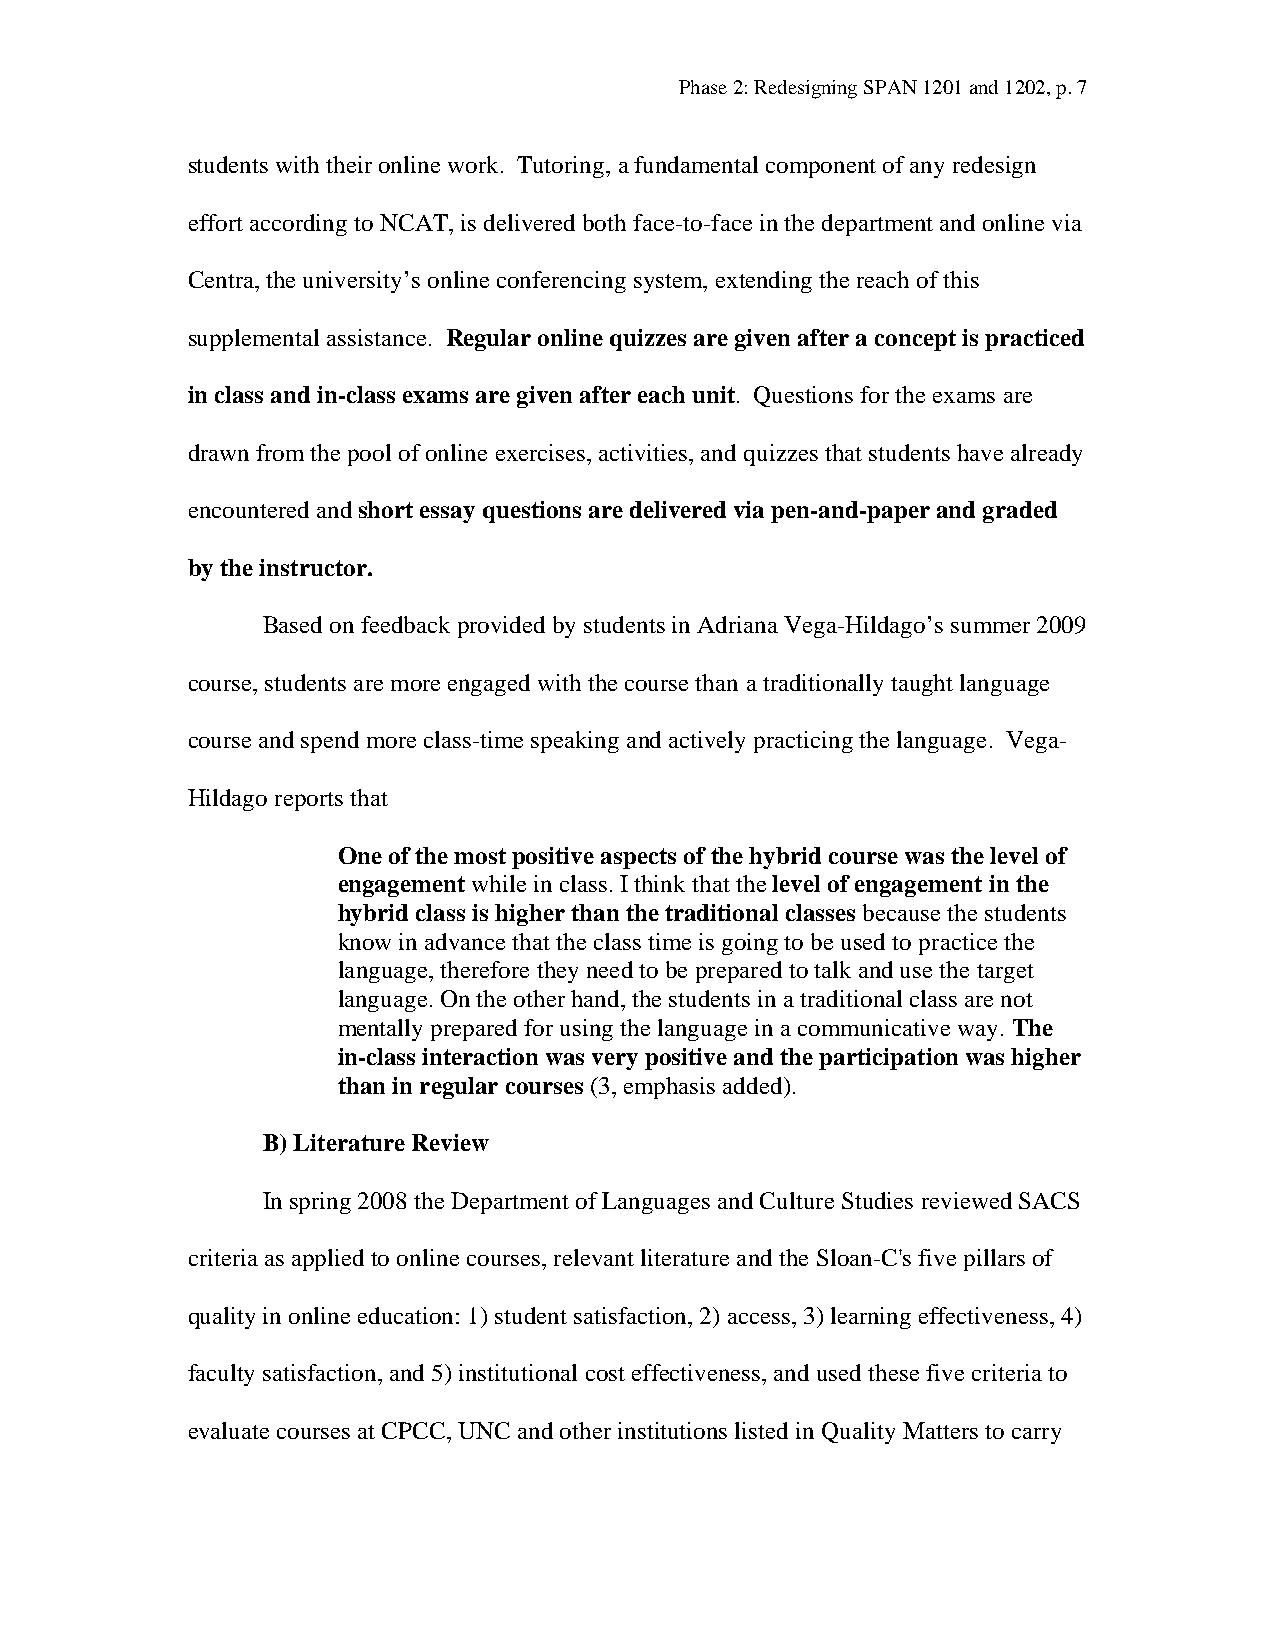
Phase 2: Redesigning SPAN 1201 and 1202, p. 7
 students with their online work. Tutoring, a fundamental component of any redesign
 effort according to NCAT, is delivered both face-to-face in the department and online via
 Centra, the university’s online conferencing system, extending the reach of this
 supplemental assistance. Regular online quizzes are given after a concept is practiced
 in class and in-class exams are given after each unit. Questions for the exams are
 drawn from the pool of online exercises, activities, and quizzes that students have already
 encountered and short essay questions are delivered via pen-and-paper and graded
 by the instructor.
 Based on feedback provided by students in Adriana Vega-Hildago’s summer 2009
 course, students are more engaged with the course than a traditionally taught language
 course and spend more class-time speaking and actively practicing the language. Vega-
 Hildago reports that
 One of the most positive aspects of the hybrid course was the level of
 engagement while in class. I think that the level of engagement in the
 hybrid class is higher than the traditional classes because the students
 know in advance that the class time is going to be used to practice the
 language, therefore they need to be prepared to talk and use the target
 language. On the other hand, the students in a traditional class are not
 mentally prepared for using the language in a communicative way. The
 in-class interaction was very positive and the participation was higher
 than in regular courses (3, emphasis added).
 B) Literature Review
 In spring 2008 the Department of Languages and Culture Studies reviewed SACS
 criteria as applied to online courses, relevant literature and the Sloan-C's five pillars of
 quality in online education: 1) student satisfaction, 2) access, 3) learning effectiveness, 4)
 faculty satisfaction, and 5) institutional cost effectiveness, and used these five criteria to
 evaluate courses at CPCC, UNC and other institutions listed in Quality Matters to carry